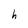
Character: h